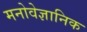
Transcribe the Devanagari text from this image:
मनोवेज्ञानिक